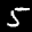
Label: 5